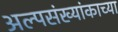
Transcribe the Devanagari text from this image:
अल्पसंख्यांकाच्या